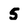
Character: 5